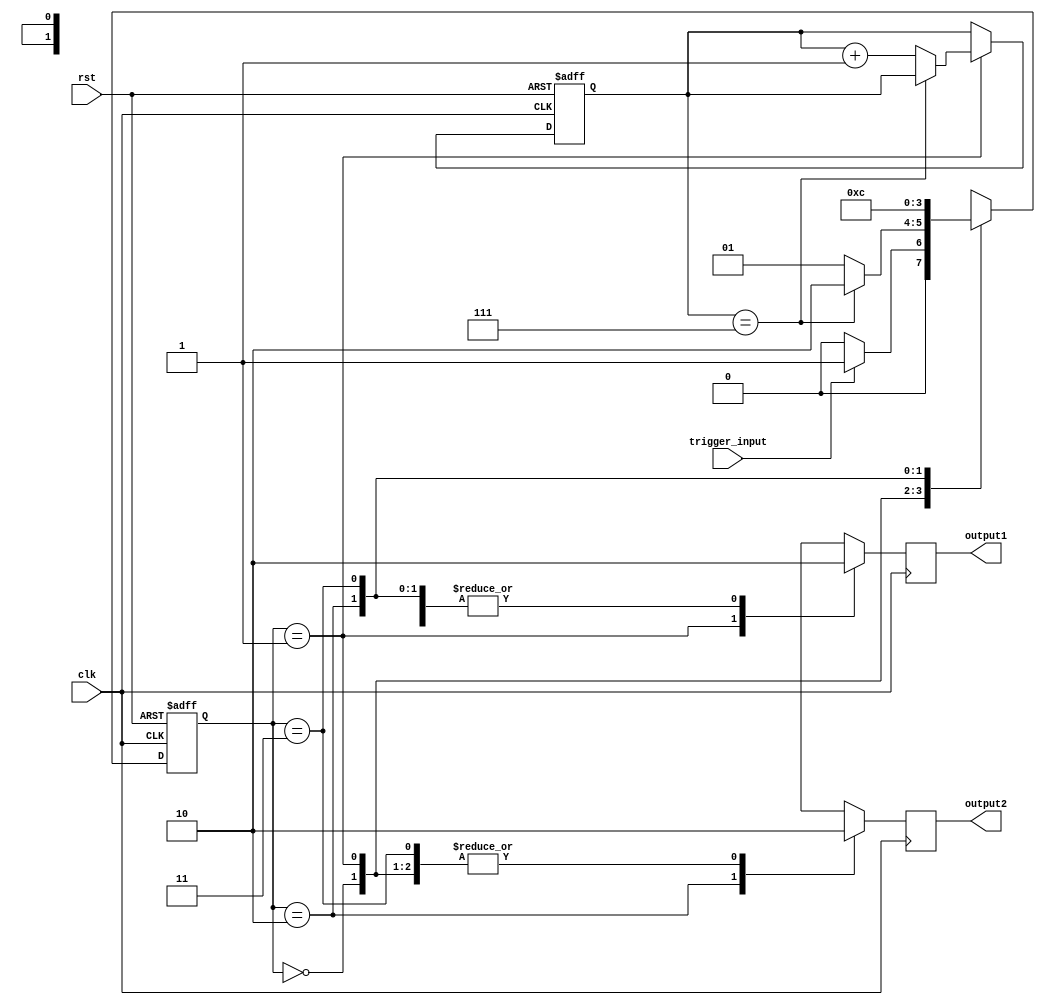
module mealy_state_machine (
    input clk,
    input rst,
    input trigger_input,
    output reg output1,
    output reg output2
);

// State definitions
parameter STATE_A = 2'd0;
parameter STATE_B = 2'd1;
parameter STATE_C = 2'd2;
parameter WAIT_STATE = 2'd3;

// State register
reg [1:0] state_reg;
reg [2:0] wait_counter;

always @ (posedge clk or posedge rst)
begin
    if(rst)
    begin
        state_reg <= STATE_A;
        wait_counter <= 3'b0;
    end
    else
    begin
        case(state_reg)
            STATE_A: begin
                if(trigger_input)
                    state_reg <= STATE_B;
                else
                    state_reg <= STATE_A;
            end
            STATE_B: begin
                if(wait_counter == 3'b111)
                    state_reg <= STATE_C;
                else
                begin
                    state_reg <= STATE_B;
                    wait_counter <= wait_counter + 1;
                end
            end
            STATE_C: begin
                state_reg <= WAIT_STATE;
            end
            WAIT_STATE: begin
                state_reg <= STATE_A;
            end
        endcase
    end
end

// Output logic
always @ (posedge clk)
begin
    case(state_reg)
        STATE_A: begin
            output1 <= 1'b0;
            output2 <= 1'b0;
        end
        STATE_B: begin
            output1 <= 1'b1;
            output2 <= 1'b0;
        end
        STATE_C: begin
            output1 <= 1'b0;
            output2 <= 1'b1;
        end
        WAIT_STATE: begin
            output1 <= 1'b0;
            output2 <= 1'b0;
        end
    endcase
end

endmodule